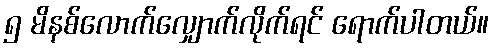
၅ မိနစ်လောက်လျှောက်လိုက်ရင် ရောက်ပါတယ်။